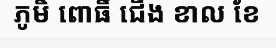
ភូមិ ពោធិ៍ ជើង ខាល ខែ